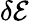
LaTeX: \delta\mathcal{E}